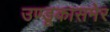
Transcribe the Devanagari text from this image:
उण्डूकासमेर